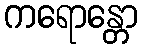
ကရောန္တော